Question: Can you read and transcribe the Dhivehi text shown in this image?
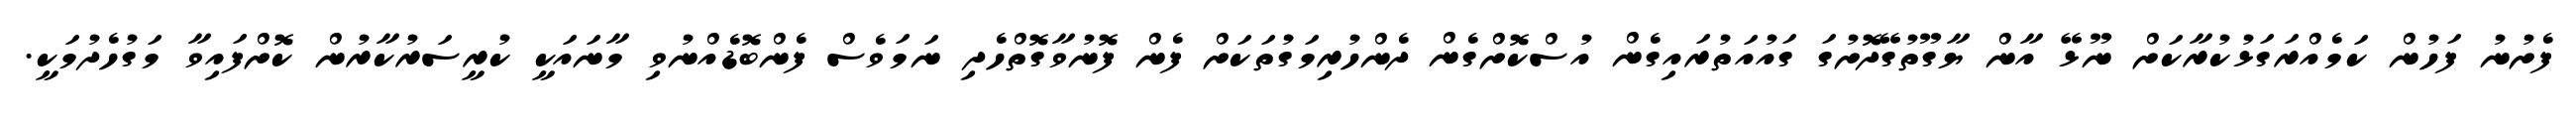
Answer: ފެށުނު ފަހުން ކަމެއްރަގަޅުކުރާކަށް ނޫޅޭ އާން ޔާގޫތުގޭދޮށުގަ ގައުއަތުރައިގެން އުސްކޮށްގެން ދެންހުރިމަގުތަކަށް ފެން ފޮނުވާގޮތްހެދި ނަމަވެސް ފެންބޮޑެއްނުވި މާނައަކީ ކުރީސަރުކާރުން ކޮށްފައިވާ މަގުހެދުމަކީ.